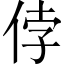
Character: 侼